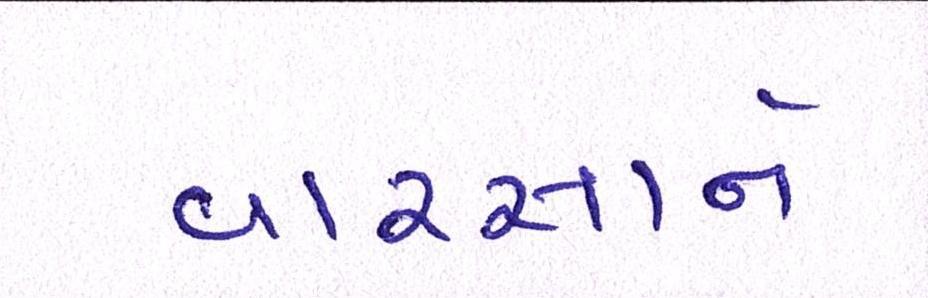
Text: વારસાને